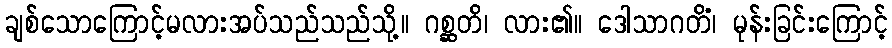
ချစ်သောကြောင့်မလားအပ်သည်သည်သို့။ ဂစ္ဆတိ၊ လား၏။ ဒေါသာဂတိံ၊ မုန်းခြင်းကြောင့်